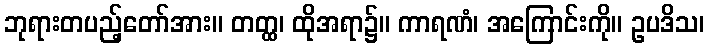
ဘုရားတပည့်တော်အား။ တတ္ထ၊ ထိုအရာ၌။ ကာရဏံ၊ အကြောင်းကို။ ဥပဒိသ၊